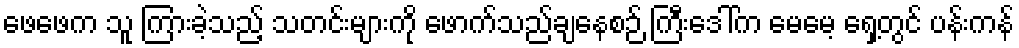
ဖေဖေက သူ ကြားခဲ့သည့် သတင်းများကို ဖောက်သည်ချနေစဉ် ကြီးဒေါ်က မေမေ့ ရှေ့တွင် ပန်းကန်